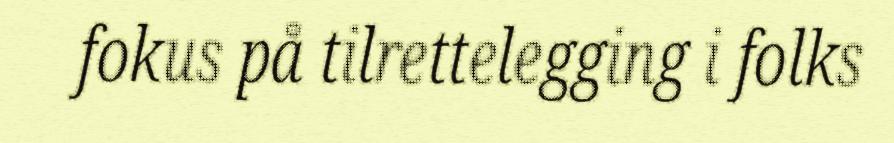
fokus på tilrettelegging i folks